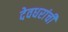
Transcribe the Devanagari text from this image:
देवधरांची